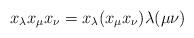
LaTeX: \begin{align*}x_{\lambda} x_{\mu}x_{\nu} = x_{\lambda} (x_{\mu}x_{\nu}) \lambda(\mu\nu)\end{align*}